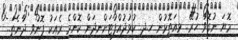
މޮޔަ ނުގޮވާ ހުރޭ.. ޅއަތޮޅުން ހ.ދ. ކުޅުދުއްފުޓަށްނިދަން ކޮންމެ ރެއަކު ފޮނުވި ދާނެތަ..